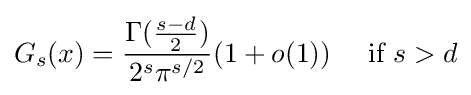
G_{s}(x)={\frac {\Gamma ({\frac {s-d}{2}})}{2^{s}\pi ^{s/2}}}(1+o(1))\quad {\text{ if }}s>d